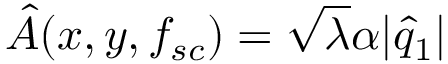
\hat { A } ( x , y , f _ { s c } ) = \sqrt { \lambda } \alpha | \hat { q } _ { 1 } |